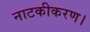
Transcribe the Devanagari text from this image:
नाटकीकरण।